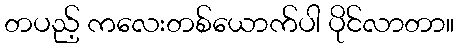
တပည့် ကလေးတစ်ယောက်ပါ ပိုင်လာတာ။